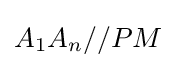
A_{1}A_{n}//PM